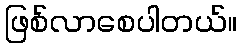
ဖြစ်လာစေပါတယ်။